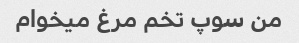
من سوپ تخم مرغ میخوام